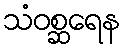
သံဝစ္ဆရေန